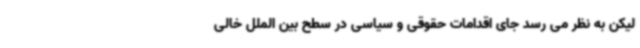
لیکن به نظر می رسد جای اقدامات حقوقی و سیاسی در سطح بین الملل خالی